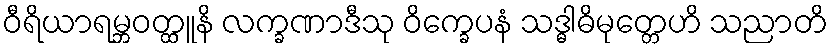
ဝီရိယာရမ္ဘဝတ္ထူနိ လက္ခဏာဒီသု ဝိက္ခေပနံ သဒ္ဓါဓိမုတ္တေဟိ သညာတိ